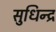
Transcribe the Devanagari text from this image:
सुधिन्द्र